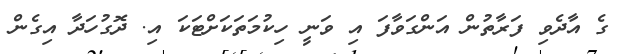
ގެ އާދެވި ފަރާތުން އަންގަވާފަ އި ވަނީ ހިކުމަތަކަށްޓަކަ އި. ދޮގުހަދާ އިގެން